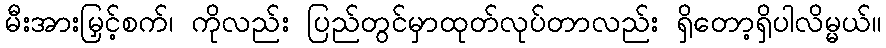
မီးအားမြှင့်စက်၊ ကိုလည်း ပြည်တွင်မှာထုတ်လုပ်တာလည်း ရှိတော့ရှိပါလိမ္မယ်။